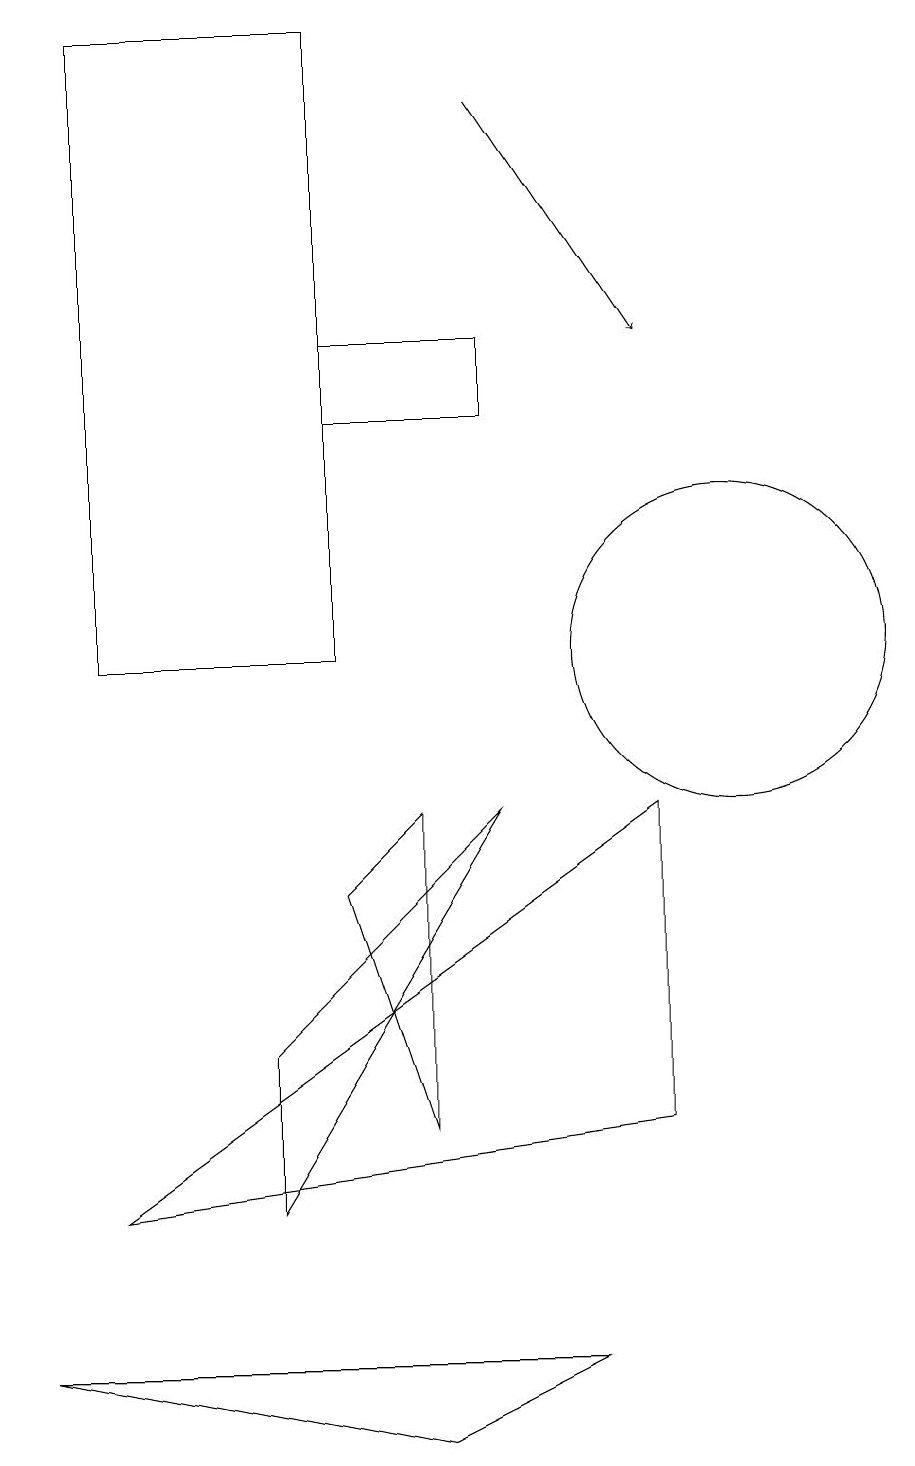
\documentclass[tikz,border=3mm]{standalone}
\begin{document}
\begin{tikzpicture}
\draw (6,5) -- (6,9) -- (5,8) -- cycle;
\draw (1,2) -- (8,2) -- (6,1) -- cycle;
\draw (5,11) rectangle (2,19);
\draw (9,5) -- (9,9) -- (2,4) -- cycle;
\draw (10,11) circle (2);
\draw[->] (7,18) -- (9,15);
\draw (7,15) rectangle (5,14);
\draw (7,9) -- (4,4) -- (4,6) -- cycle;
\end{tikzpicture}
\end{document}